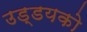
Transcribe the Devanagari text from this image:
उड्डयको